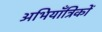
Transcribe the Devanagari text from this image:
अभियाँत्रिकों